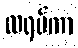
ထရပ်ကာ